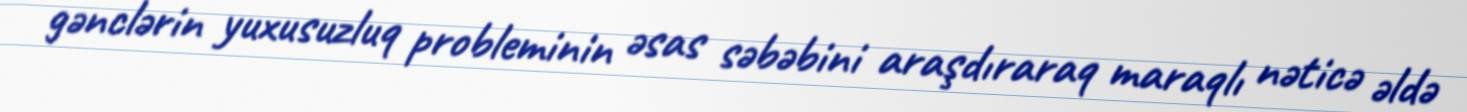
gənclərin yuxusuzluq probleminin əsas səbəbini araşdıraraq maraqlı nəticə əldə